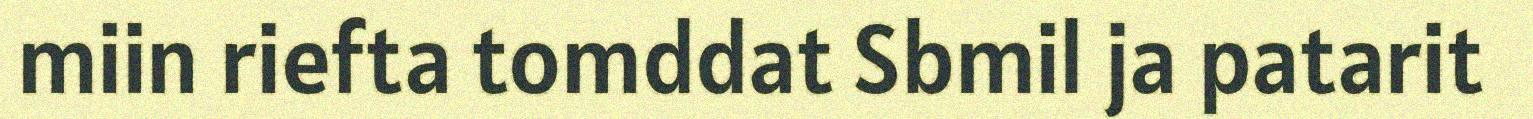
miin riefta tomddat Sbmil ja patarit